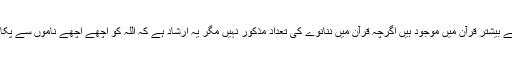
ان میں سے بیشتر قرآن میں موجود ہیں اگرچہ قرآن میں ننانوے کی تعداد مذکور نہیں مگر یہ ارشاد ہے کہ اللہ کو اچھے اچھے ناموں سے پکارا جائے۔